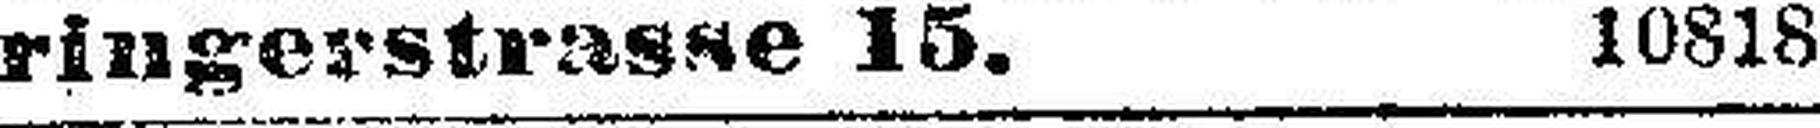
ringerstrasse 15. 10818